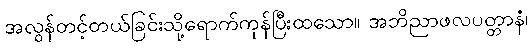
အလွန်တင့်တယ်ခြင်းသို့ရောက်ကုန်ပြီးထသော။ အဘိညာဖလပတ္တာနံ၊